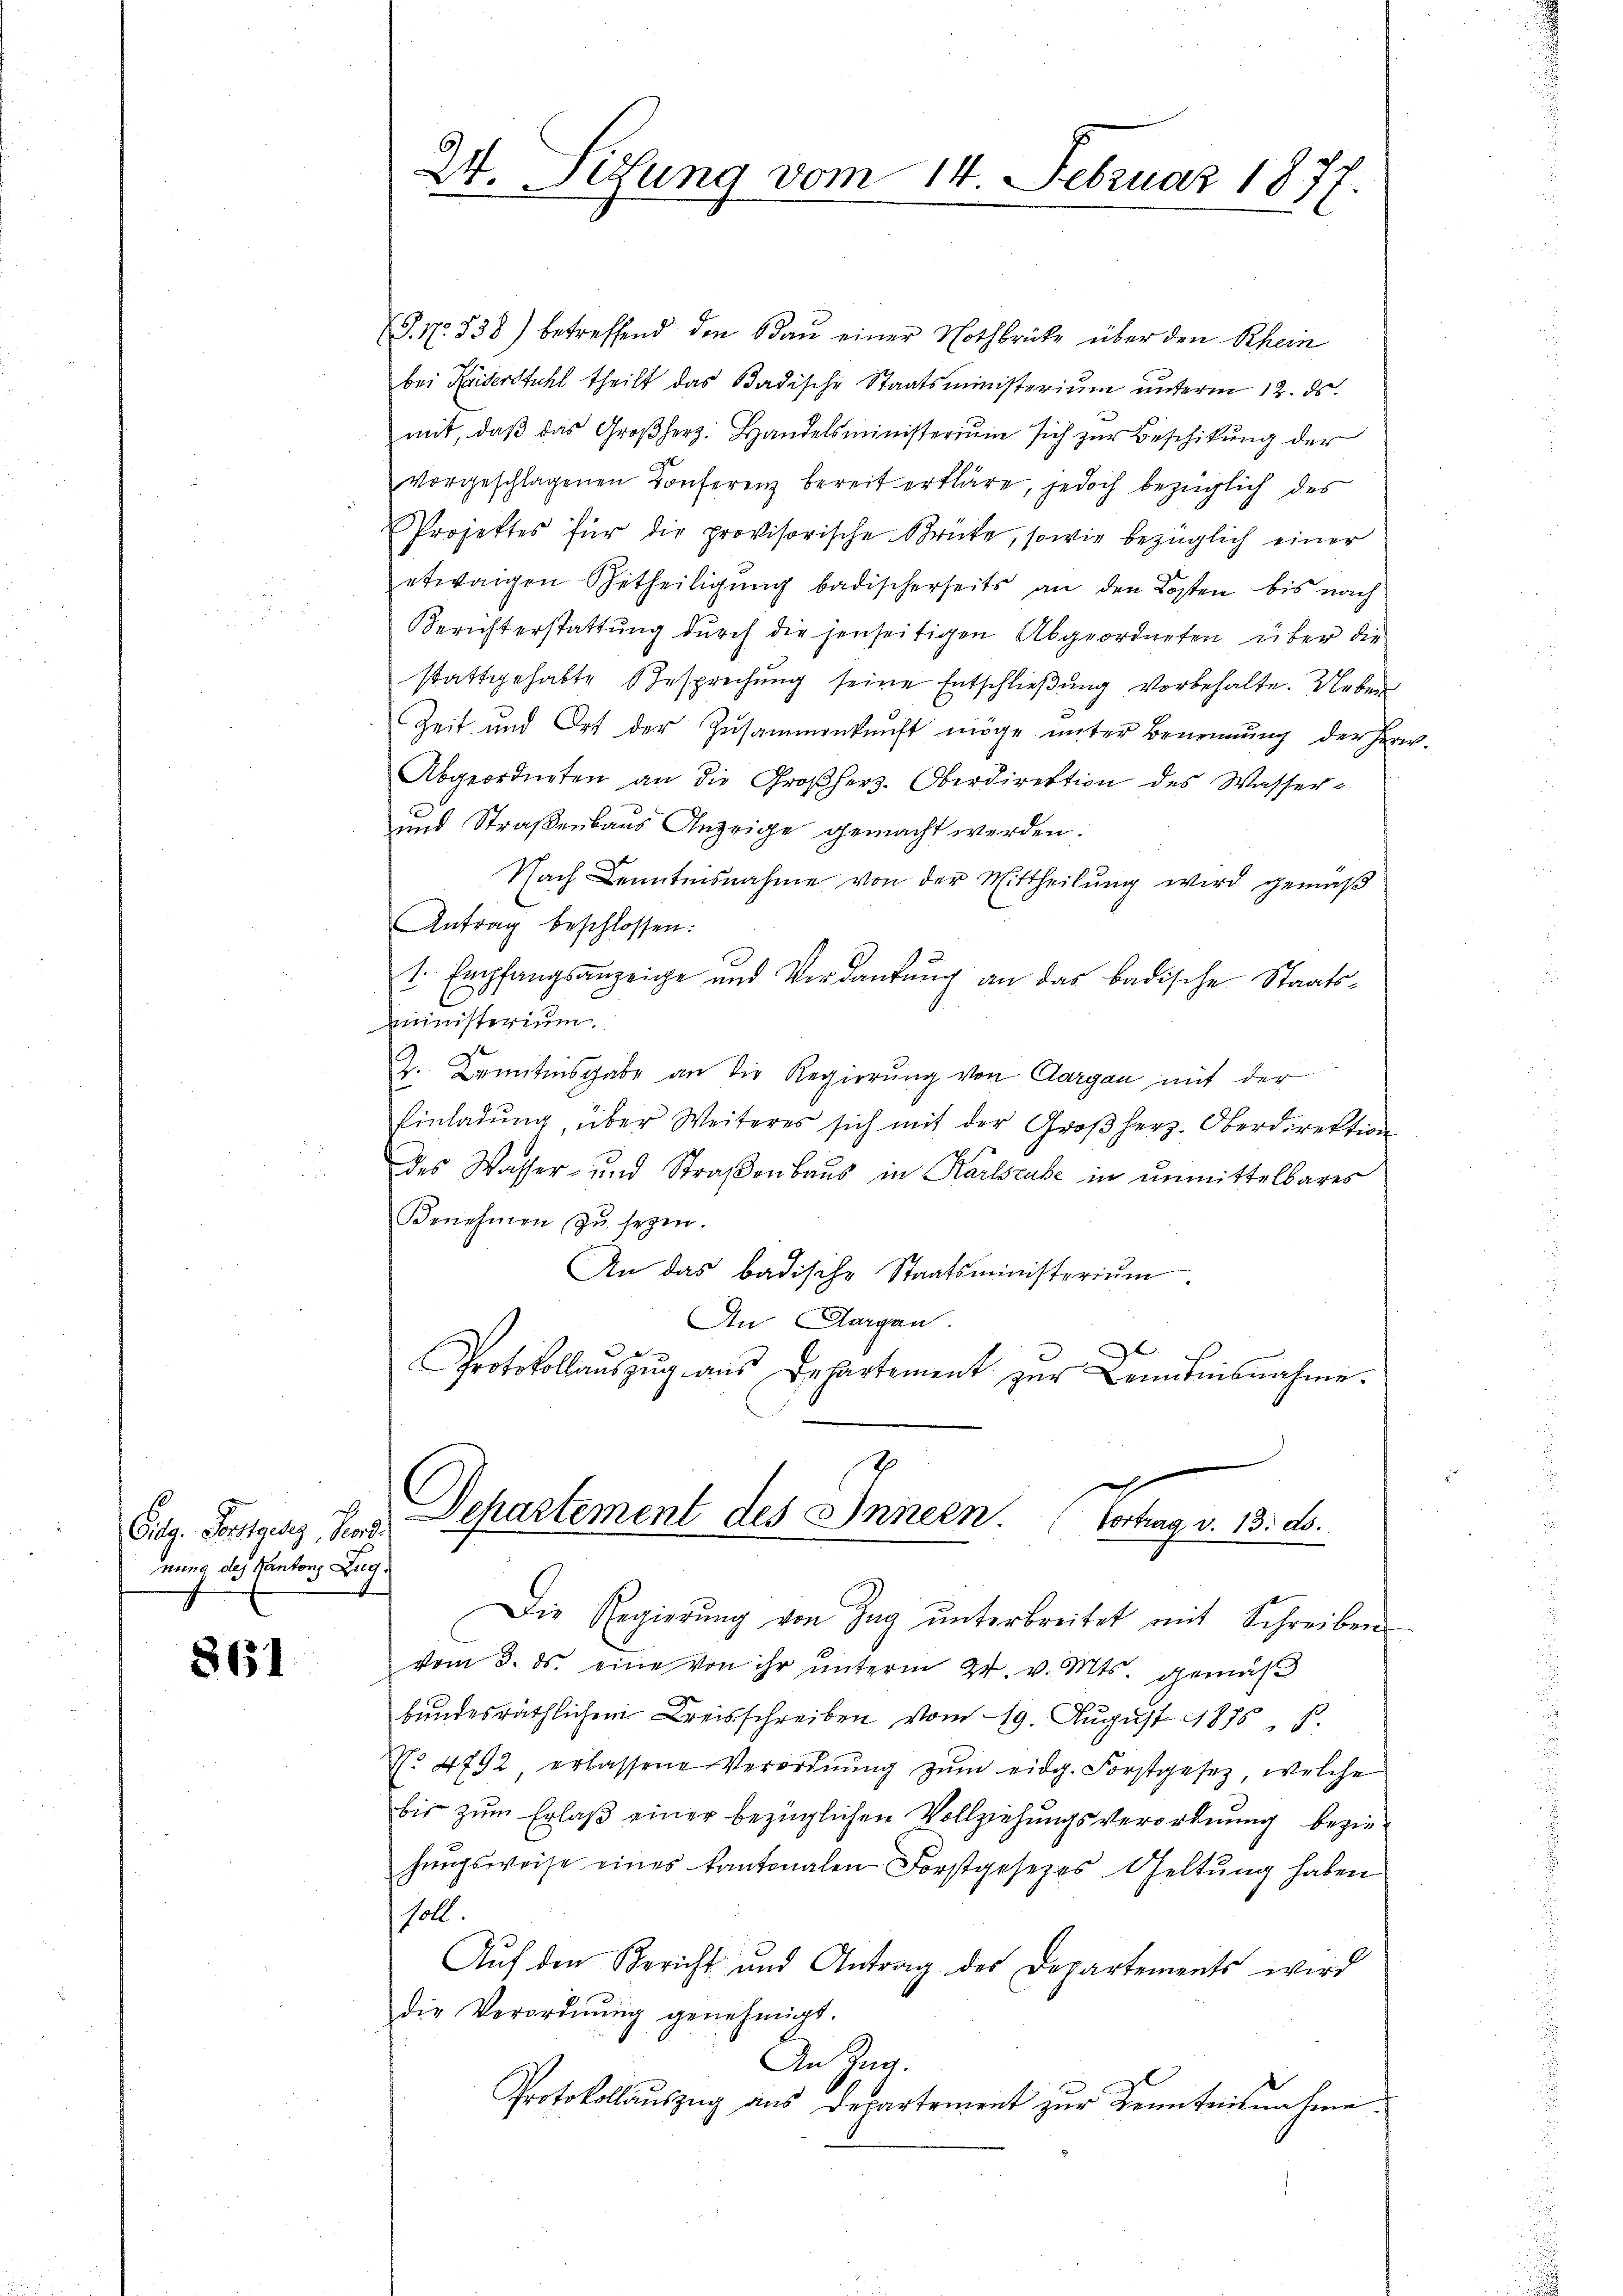
nung des Kantons Zug,

861

24. Sedung vom 14. Februar 1877
1.

S. Nr. 538) betreffend den Bau einer Nothbrücke über den Rhein
bei Kaiserstuhl theilt das Badische Staatsministerium unterm 12. ds.
mit, daβ das Großherz. Handelsministerium sich zŭr Beschikung der
vorgeschlagenen Conferenz bereit erkläre, jedoch bezüglich des
Projektes für die provisorische Brücke, sowie bezüglich einer
etwaigen Betheiligung badischerseits an den Kosten bis nach
Bericht erstattŭng dŭrch die jenseitigen Abgeordneten über die
stattgehabte Besprechung seine Entschließung vorbehalte. Ueber
Zeit und Ort der Zusammenkunft möge unter Benennung der Her
Abgeordneten an die Großherz. Oberdirektion des Wasser
und Straßenbaus Anzeige gemacht werden.
Nach Kenntnisnahme von der Mittheilung wird gemäß
Antrag beschlossen:
t. Empfangsanzeige und Verdankŭng an das badische Staats-
ministerium
Z. Kenntnisgabe an die Regierung von Aargau mit der
Einladung, über Weiteres sich mit der Großherz. Oberdirektion
des Wasser- und Straßenbaus in Karlsrube in unmittelbares
Benehmen zu sezen.
An das badische Staatsministerium
An Aargau.
Protokollaŭszŭg aŭs Departement zŭr Kenntnisnahme.
7
c
Sitg. Portigers der Departement des Innern. (Vortrag v. 13. ds.
Die Regierŭng von Zag ŭnterbreitet mit Schreiben
vom 3. ds. eine von ihr ŭnterm 24. v. Mts. gemäß
bundesräthlichem Kreisschreiben vom 19. August 1876, S.
N. 4792, erlassene Verordnŭng zŭm eidg. Forstgesetz, welche
bis zum Erlaß einer bezüglichen Vollziehungsverordnung beziehŭngsweise eines Kantonalen Forstgesezes Geltŭng haben
soll.
Auf den Bericht und Antrag des Departements wird
die Verordnŭng genehmigt.
An Zug.
Protokollauszug aus Departement zur Kenntnisnahme